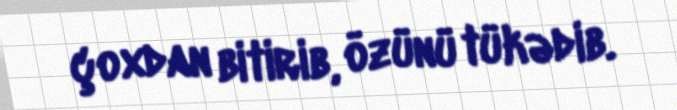
çoxdan bitirib, özünü tükədib.